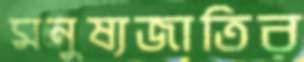
মনুষ্যজাতির